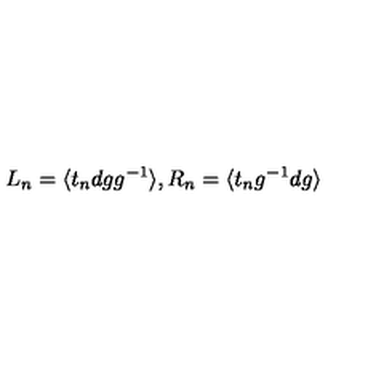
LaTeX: L _ { n } = \langle t _ { n } d g g ^ { - 1 } \rangle , R _ { n } = \langle t _ { n } g ^ { - 1 } d g \rangle